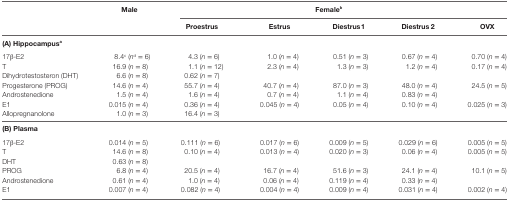
<table><thead><tr><td></td><td><b>Male</b></td><td colspan="5"><b>Female<sup>b</sup></b></td></tr><tr><td></td><td></td><td><b>Proestrus</b></td><td><b>Estrus</b></td><td><b>Diestrus1</b></td><td><b>Diestrus2</b></td><td><b>OVX</b></td></tr></thead><tbody><tr><td colspan="7"><b>(A) Hippocampus<sup>a</sup></b></td></tr><tr><td>17β-E2</td><td>8.4<sup>c</sup> (<i>n</i><sup>d</sup> = 6)</td><td>4.3 (<i>n</i> = 6)</td><td>1.0 (<i>n</i> = 4)</td><td>0.51 (<i>n</i> = 3)</td><td>0.67 (<i>n</i> = 4)</td><td>0.70 (<i>n</i> = 4)</td></tr><tr><td>T</td><td>16.9 (<i>n</i> = 8)</td><td>1.1 (<i>n</i> = 12)</td><td>2.3 (<i>n</i> = 4)</td><td>1.3 (<i>n</i> = 3)</td><td>1.2 (<i>n</i> = 4)</td><td>0.17 (<i>n</i> = 4)</td></tr><tr><td>Dihydrotestosteron (DHT)</td><td>6.6 (<i>n</i> = 8)</td><td>0.62 (<i>n</i> = 7)</td><td></td><td></td><td></td><td></td></tr><tr><td>Progesterone (PROG)</td><td>14.6 (<i>n</i> = 4)</td><td>55.7 (<i>n</i> = 4)</td><td>40.7 (<i>n</i> = 4)</td><td>87.0 (<i>n</i> = 3)</td><td>48.0 (<i>n</i> = 4)</td><td>24.5 (<i>n</i> = 5)</td></tr><tr><td>Androstenedione</td><td>1.5 (<i>n</i> = 4)</td><td>1.6 (<i>n</i> = 4)</td><td>0.7 (<i>n</i> = 4)</td><td>1.1 (<i>n</i> = 4)</td><td>0.83 (<i>n</i> = 4)</td><td></td></tr><tr><td>E1</td><td>0.015 (<i>n</i> = 4)</td><td>0.36 (<i>n</i> = 4)</td><td>0.045 (<i>n</i> = 4)</td><td>0.05 (<i>n</i> = 4)</td><td>0.10 (<i>n</i> = 4)</td><td>0.025 (<i>n</i> = 3)</td></tr><tr><td>Allopregnanolone</td><td>1.0 (<i>n</i> = 3)</td><td>16.4 (<i>n</i> = 3)</td><td></td><td></td><td></td><td></td></tr><tr><td colspan="7"><b>(B) Plasma</b></td></tr><tr><td>17β-E2</td><td>0.014 (<i>n</i> = 5)</td><td>0.111 (<i>n</i> = 6)</td><td>0.017 (<i>n</i> = 6)</td><td>0.009 (<i>n</i> = 5)</td><td>0.029 (<i>n</i> = 6)</td><td>0.005 (<i>n</i> = 5)</td></tr><tr><td>T</td><td>14.6 (<i>n</i> = 8)</td><td>0.10 (<i>n</i> = 4)</td><td>0.013 (<i>n</i> = 4)</td><td>0.020 (<i>n</i> = 3)</td><td>0.06 (<i>n</i> = 4)</td><td>0.005 (<i>n</i> = 5)</td></tr><tr><td>DHT</td><td>0.63 (<i>n</i> = 8)</td><td></td><td></td><td></td><td></td><td></td></tr><tr><td>PROG</td><td>6.8 (<i>n</i> = 4)</td><td>20.5 (<i>n</i> = 4)</td><td>16.7 (<i>n</i> = 4)</td><td>51.6 (<i>n</i> = 3)</td><td>24.1 (<i>n</i> = 4)</td><td>10.1 (<i>n</i> = 5)</td></tr><tr><td>Androstenedione</td><td>0.61 (<i>n</i> = 4)</td><td>1.0 (<i>n</i> = 4)</td><td>0.06 (<i>n</i> = 4)</td><td>0.119 (<i>n</i> = 4)</td><td>0.33 (<i>n</i> = 4)</td><td></td></tr><tr><td>E1</td><td>0.007 (<i>n</i> = 4)</td><td>0.082 (<i>n</i> = 4)</td><td>0.004 (<i>n</i> = 4)</td><td>0.009 (<i>n</i> = 4)</td><td>0.031 (<i>n</i> = 4)</td><td>0.002 (<i>n</i> = 4)</td></tr></tbody></table>